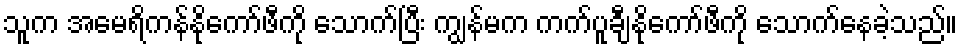
သူက အမေရိကန်နိုကော်ဖီကို သောက်ပြီး ကျွန်မက ကက်ပူချီနိုကော်ဖီကို သောက်နေခဲ့သည်။